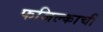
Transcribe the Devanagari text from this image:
फजिल्काची